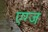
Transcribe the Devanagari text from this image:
एग्ज